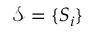
\mathcal { S } = \{ S _ { i } \}